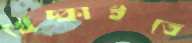
খেঁচ্‌কাইতে